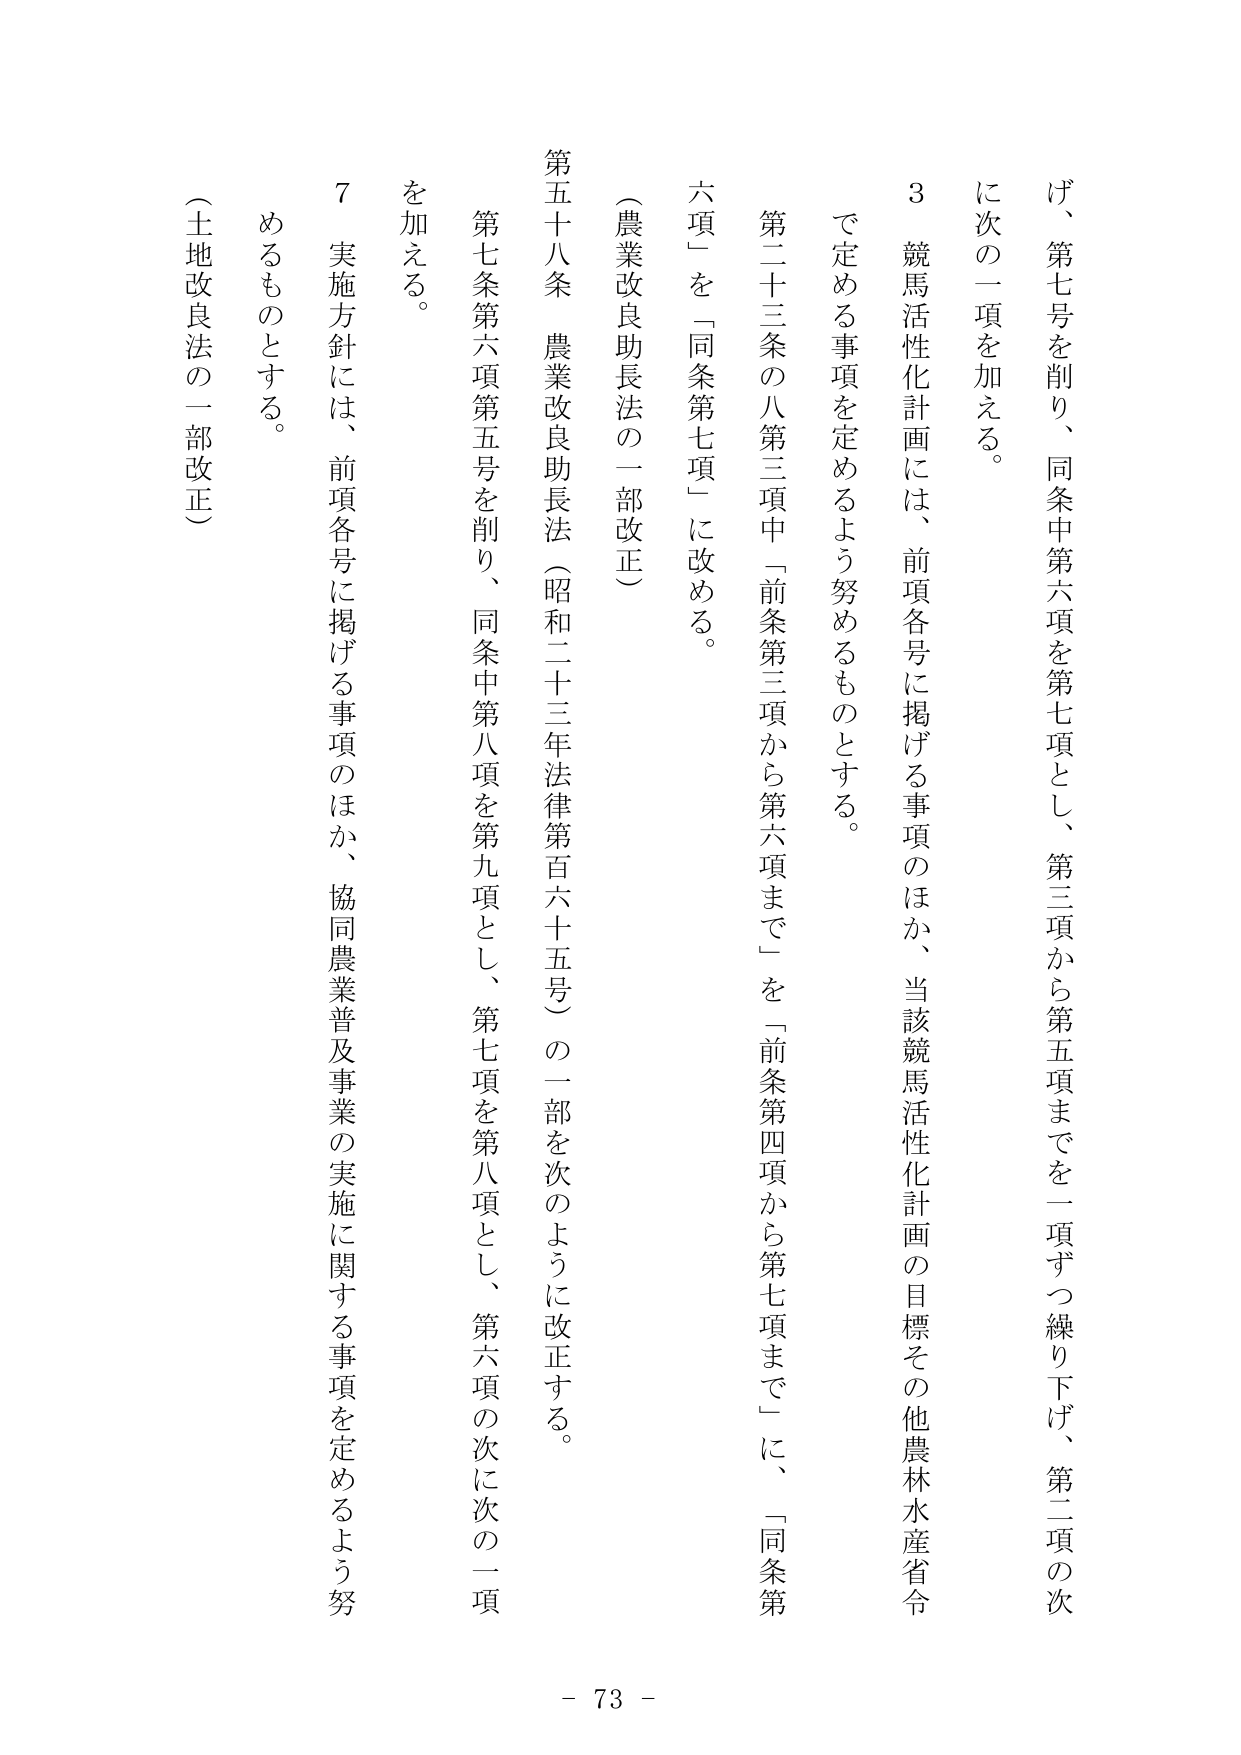
げ、第七号を削り、同条中第六項を第七項とし、第三項から第五項までを一項ずつ繰り下げ、第二項の次に次の二項を加える。

3 競馬活性化計画には、前項各号に掲げる事項のほか、当該競馬活性化計画の目標その他農林水産省令で定める事項を定めるよう努めるものとする。

第二十三条の八第三項中「前条第三項から第六項まで」を「前条第四項から第七項まで」に、「同条第六項」を「同条第七項」に改める。

（農業改良助長法の一部改正）

第五十八条 農業改良助長法（昭和二十三年法律第百六十五号）の一部を次のように改正する。

第七条第六項第五号を削り、同条中第八項を第九項とし、第七項を第八項とし、第六項の次に次の二項を加える。

7 実施方針には、前項各号に掲げる事項のほか、協同農業普及事業の実施に関する事項を定めるよう努めるものとする。

（土地改良法の一部改正）

- 73 -